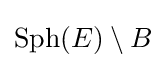
\operatorname {Sph} (E)\setminus B